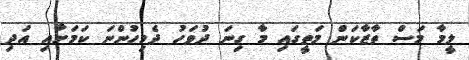
ލީމާ މަސް ތާޒާކަން މަތީގައި މާ ގިނަ ދުވަހު ދެމިހުންނަ ކަމަށާއި އަދި